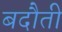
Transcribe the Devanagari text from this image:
बदौती